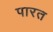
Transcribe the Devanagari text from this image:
पारत